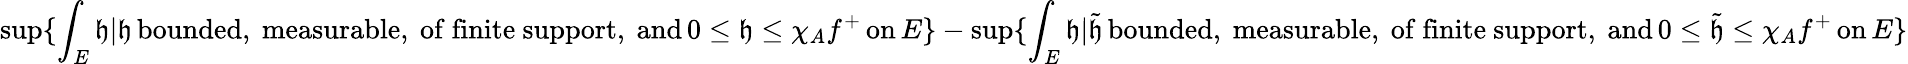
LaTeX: \operatorname*{sup}\{ \int_{E}\mathfrak{h}\vert\mathfrak{h}\, \mathrm{{bounded,~measurable,~of~finite~support,~and}}\, 0\leq\mathfrak{h}\leq\chi_{A}f^{+}\, \mathrm{{on}}\, E\} -\operatorname*{sup}\{ \int_{E}\mathfrak{h}\vert\tilde{{\mathfrak{h}}}\, \mathrm{{bounded,~measurable,~of~finite~support,~and}}\, 0\leq\tilde{{\mathfrak{h}}}\leq\chi_{A}f^{+}\, \mathrm{{on}}\, E\}